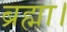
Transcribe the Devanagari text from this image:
ब्रह्मा।